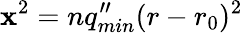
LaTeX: \mathbf{x}^{2}=nq_{min}^{\prime\prime}(r-r_{0})^{2}